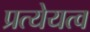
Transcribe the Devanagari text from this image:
प्रत्येयत्व